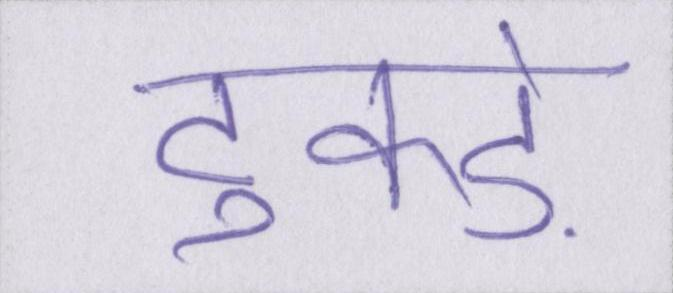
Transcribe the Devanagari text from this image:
टुकड़े